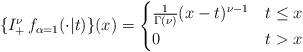
LaTeX: \begin{align*}\{I_+^\nu\, f_{\alpha=1}(\cdot\vert t)\}(x) &=\begin{cases} \frac{1}{\Gamma(\nu)} (x-t)^{\nu-1} & t\le x \\ 0 & t>x \end{cases} \end{align*}